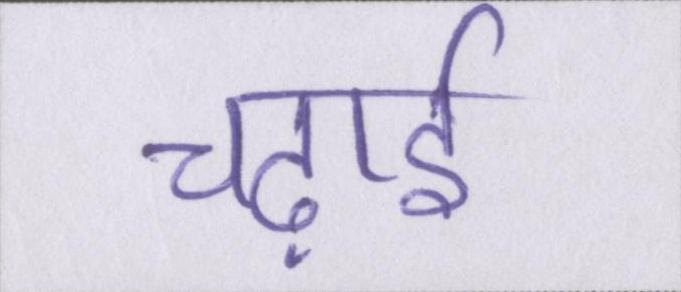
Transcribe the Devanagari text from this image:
चढ़ाई